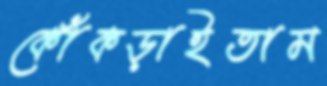
কোঁকড়াইতাম